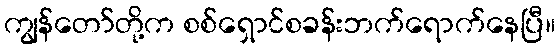
ကျွန်တော်တို့က စစ်ရှောင်စခန်းဘက်ရောက်နေပြီ။